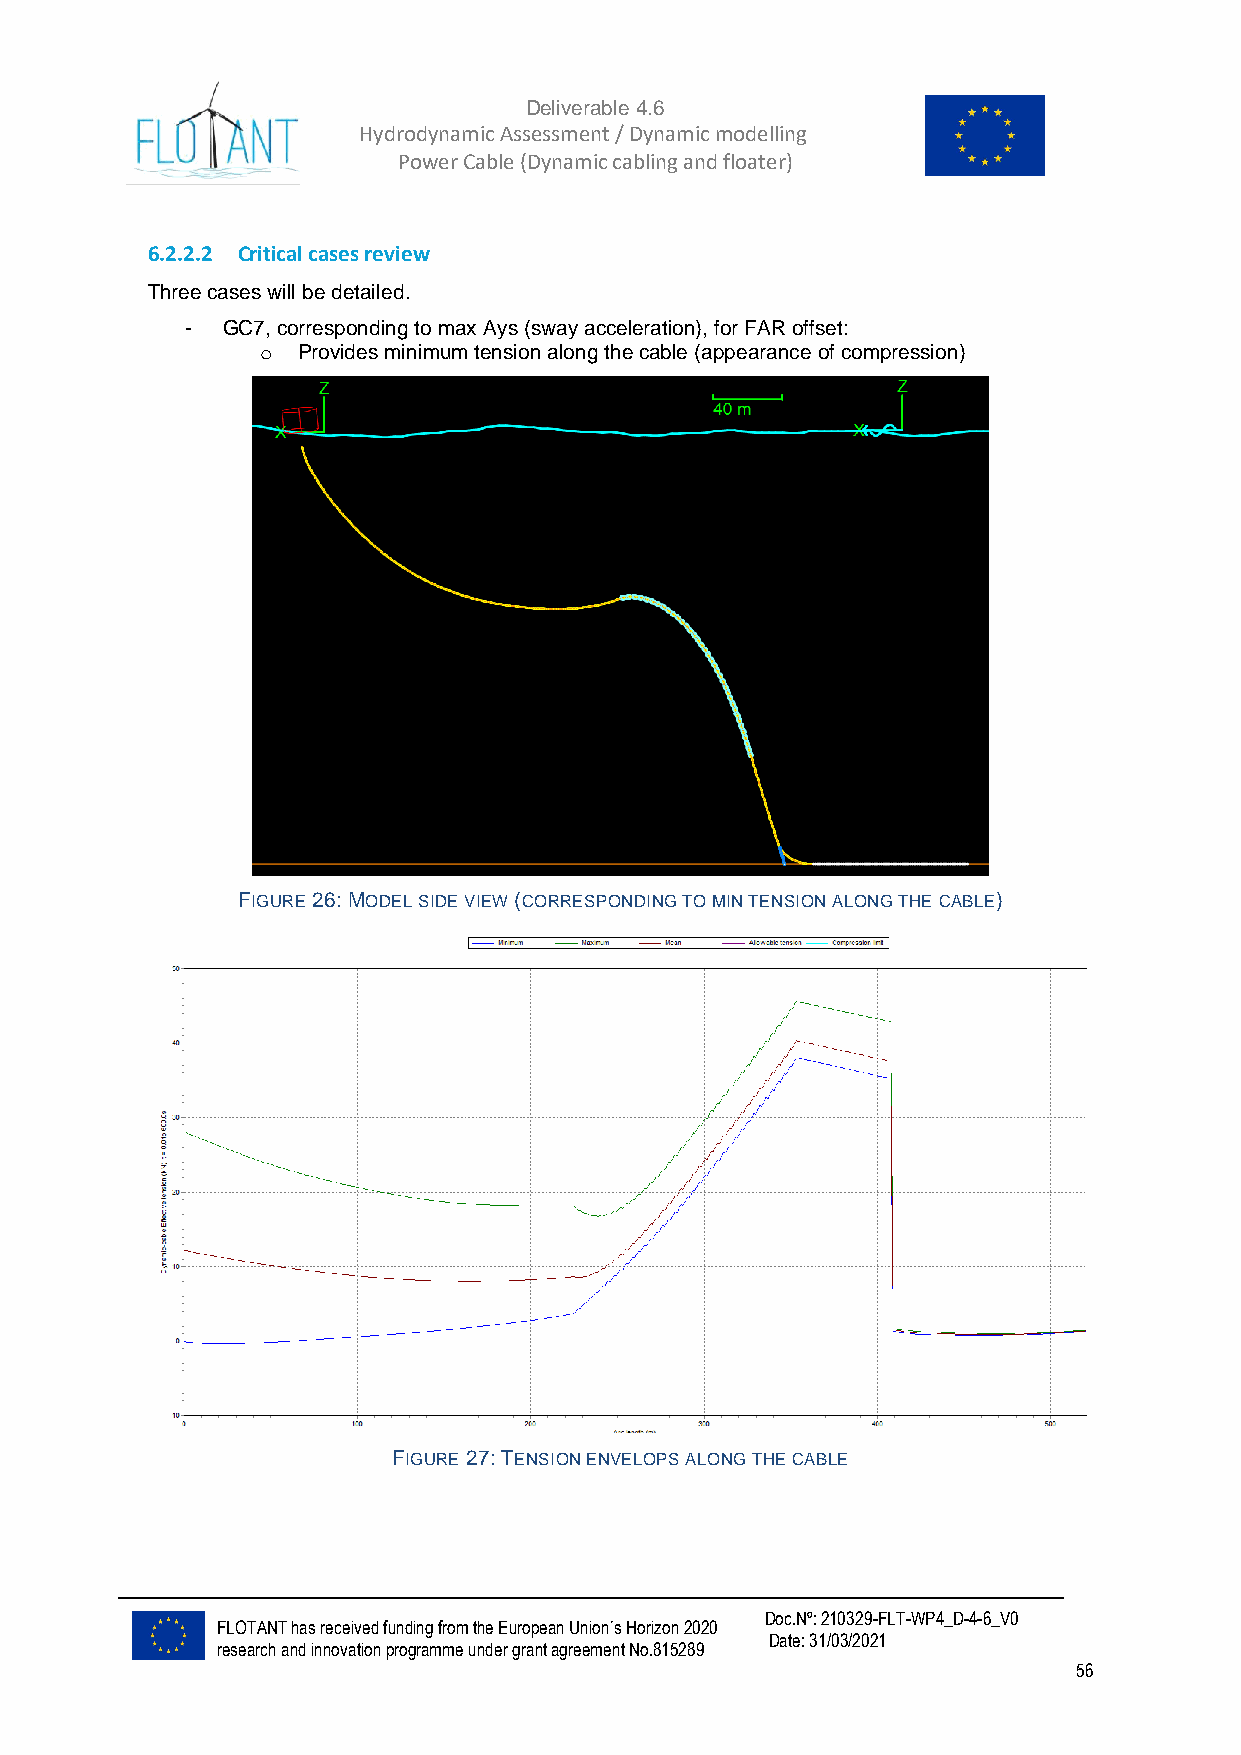
Deliverable 4.6
 Hydrodynamic Assessment / Dynamic modelling of
 Power Cable (Dynamic cabling and floater)
 6.2.2.2 Critical cases review
 Three cases will be detailed.
 -  GC7, corresponding to max Ays (sway acceleration), for FAR offset:
 o  Provides minimum tension along the cable (appearance of compression)
 FIGURE 26: MODEL SIDE VIEW (CORRESPONDING TO MIN TENSION ALONG THE CABLE)
 FIGURE 27: TENSION ENVELOPS ALONG THE CABLE
 Doc.Nº: 210329-FLT-WP4_D-4-6_V0
 FLOTANT has received funding from the European Union´s Horizon 2020
 Date: 31/03/2021
 research and innovation programme under grant agreement No.815289
 56